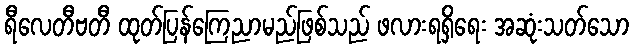
ရီလေတီဗတီ ထုတ်ပြန်ကြေညာမည်ဖြစ်သည် ဖလားရရှိရေး အဆုံးသတ်သော